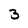
Character: 3